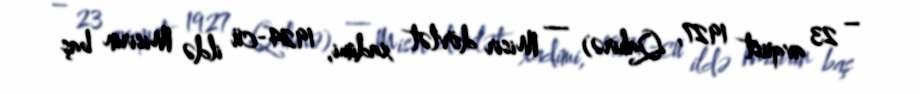
– 23 avqust 1927, Qahirə) — Misir dövlət xadimi, 1924-cü ildə Misirin baş